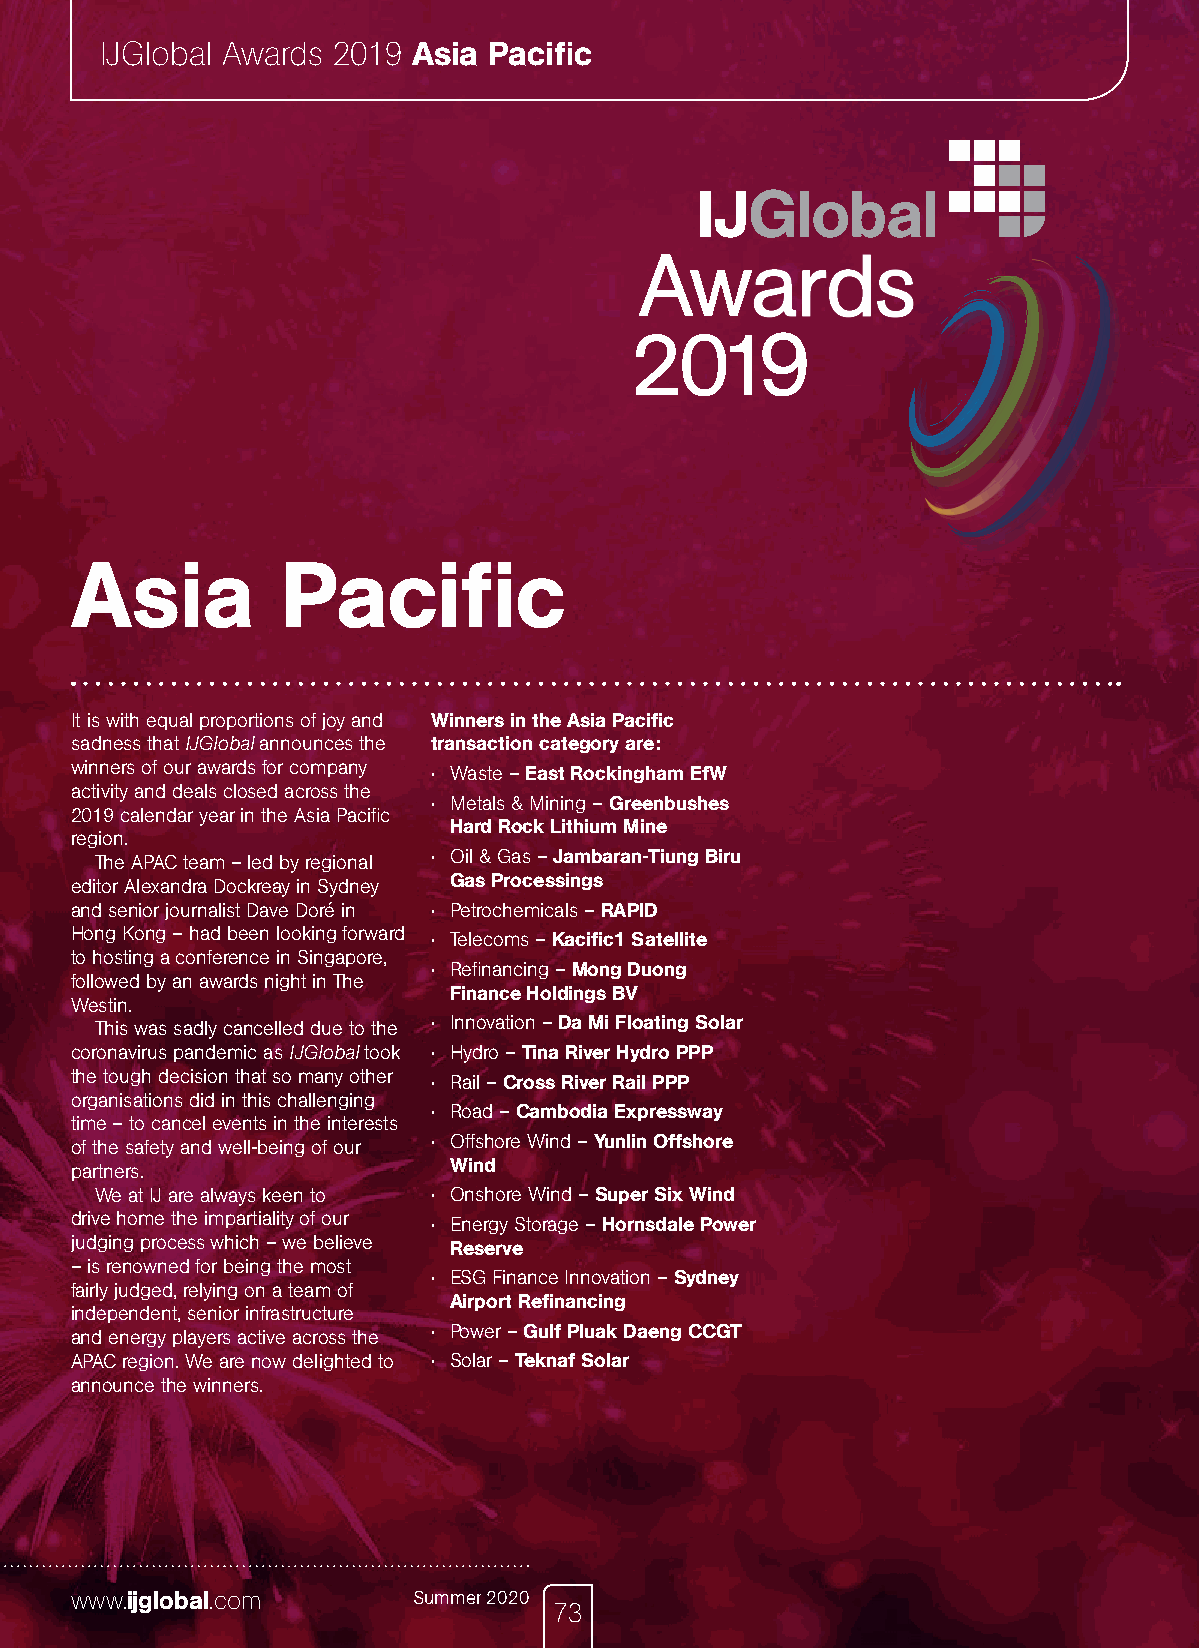
IJGlobal Awards 2019 Asia Pacific
 Asia          Pacific
 It is with equal proportions of joy and Winners in the Asia Pacific
 sadness that IJGlobal announces the transaction category are:
 winners of our awards for company • Waste – East Rockingham EfW
 activity and deals closed across the
 • Metals & Mining – Greenbushes
 2019 calendar year in the Asia Pacific
 Hard Rock Lithium Mine
 region.
 The APAC team – led by regional • Oil & Gas – Jambaran-Tiung Biru
 editor Alexandra Dockreay in Sydney Gas Processings
 and senior journalist Dave Doré in • Petrochemicals – RAPID
 Hong Kong – had been looking forward • Telecoms – Kacific1 Satellite
 to hosting a conference in Singapore,
 • Refinancing – Mong Duong
 followed by an awards night in The
 Finance Holdings BV
 Westin.
 This was sadly cancelled due to the • Innovation – Da Mi Floating Solar
 coronavirus pandemic as IJGlobal took • Hydro – Tina River Hydro PPP
 the tough decision that so many other • Rail – Cross River Rail PPP
 organisations did in this challenging
 • Road – Cambodia Expressway
 time – to cancel events in the interests
 • Offshore Wind – Yunlin Offshore
 of the safety and well-being of our
 Wind
 partners.
 We at IJ are always keen to • Onshore Wind – Super Six Wind
 drive home the impartiality of our • Energy Storage – Hornsdale Power
 judging process which – we believe Reserve
 – is renowned for being the most
 • ESG Finance Innovation – Sydney
 fairly judged, relying on a team of
 Airport Refinancing
 independent, senior infrastructure
 • Power – Gulf Pluak Daeng CCGT
 and energy players active across the
 APAC region. We are now delighted to • Solar – Teknaf Solar
 announce the winners.
 www.ijglobal.com      Summer 2020
 73